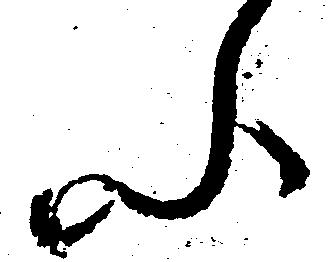
ふ